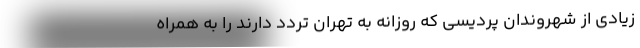
زیادی از شهروندان پردیسی که روزانه به تهران تردد دارند را به همراه